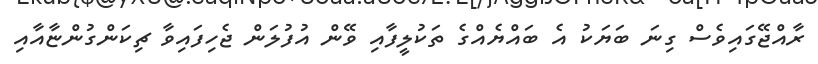
ރާއްޖޭގައިވެސް ގިނަ ބަޔަކު އެ ބައްޔެއްގެ ތަކުލީފާއި ވޭން އުފުލަން ޖެހިފައިވާ ޗިކަންގުންޏާއާއި